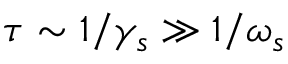
\tau \sim 1 / \gamma _ { s } \gg 1 / \omega _ { s }